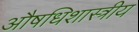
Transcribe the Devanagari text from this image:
औषधिशास्त्रीय